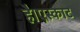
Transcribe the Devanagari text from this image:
है।एस्काट